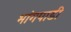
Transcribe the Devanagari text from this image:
भांगपाडी